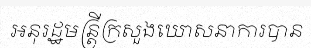
អនុរដ្ឋមន្ត្រីក្រសួងឃោសនាការបាន